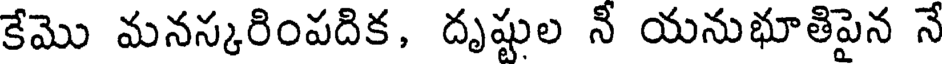
కేమొ మనస్కరింపదిక, దృష్టుల నీ యనుభూతిపైన నే